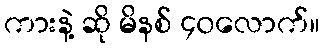
ကားနဲ့ ဆို မိနစ် ၄၀လောက်။